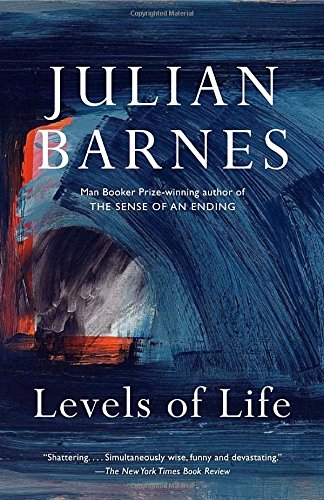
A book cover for Levels of Life (Vintage International); Julian Barnes; Biographies & Memoirs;